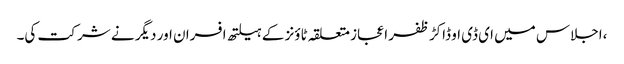
،اجلاس میں ای ڈی او ڈاکڑ ظفر اعجاز متعلقہ ٹاؤنز کے ہیلتھ افسران اور دیگر نے شر کت کی۔